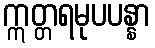
ဣတ္တရမုပပန္နာ